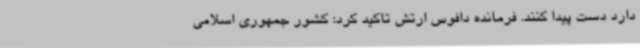
دارد دست پیدا کنند. فرمانده دافوس ارتش تاکید کرد: کشور جمهوری اسلامی